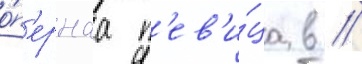
о́п'ернаа п'ев'и́ца в //